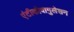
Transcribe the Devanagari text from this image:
एंटीकोवागुलेशन